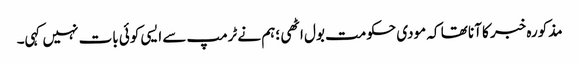
مذکورہ خبر کا آنا تھا کہ مودی حکومت بول اٹھی ؛ہم نے ٹرمپ سے ایسی کوئی بات نہیں کہی۔